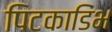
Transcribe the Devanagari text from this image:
पिटकाडिंभ